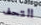
التحف